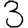
Digit: 3